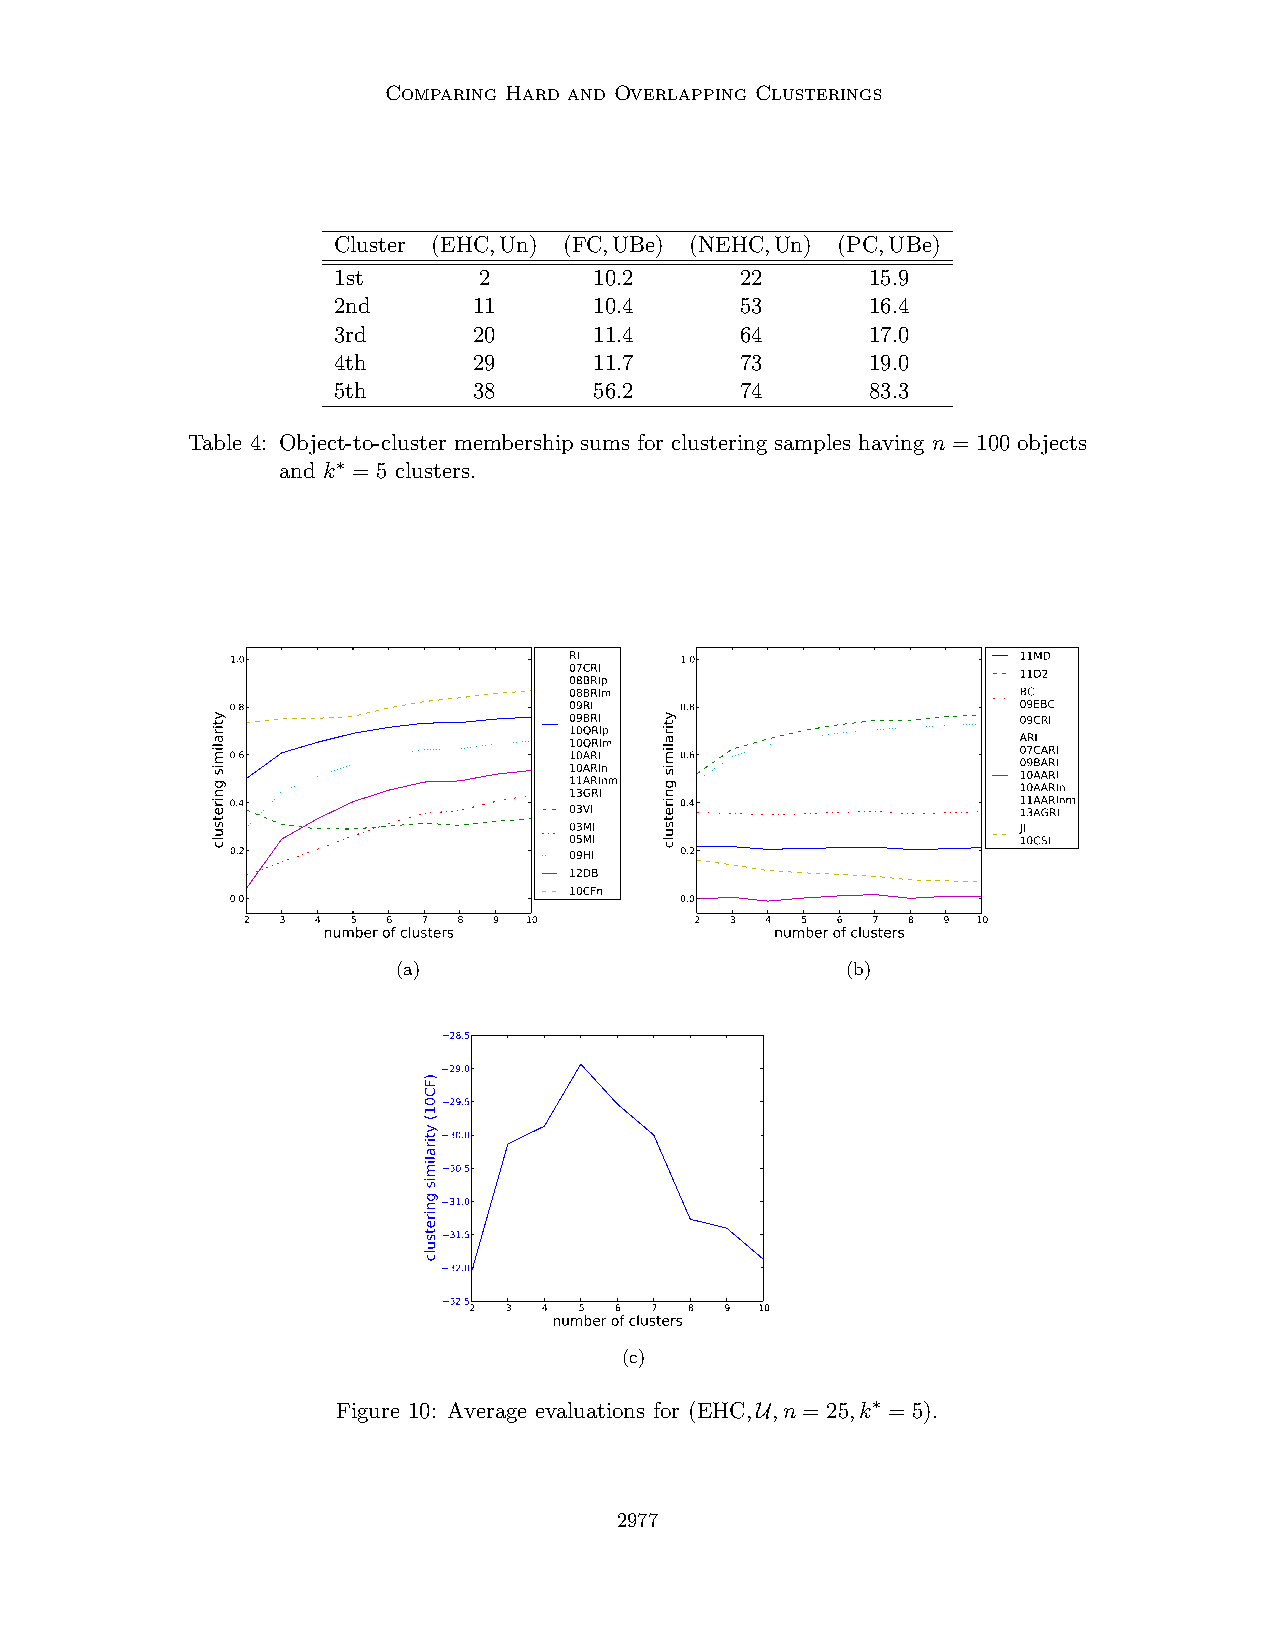
Comparing Hard and Overlapping Clusterings
 Cluster (EHC,Un) (FC,UBe) (NEHC,Un) (PC,UBe)
 1st       2      10.2      22       15.9
 2nd      11      10.4      53       16.4
 3rd      20      11.4      64       17.0
 4th      29      11.7      73       19.0
 5th      38      56.2      74       83.3
 Table 4: Object-to-cluster membership sums for clustering samples having n = 100 objects
 and k∗ = 5 clusters.
 1.0                    RI     1.0                    11MD
 07CRI                         11D2
 08BRIp
 08BRIm                        BC
 0.8                    09RI   0.8                    09EBC
 09BRI                         09CRI
 10QRIp
 10QRIm                        ARI
 0.6                    10ARI  0.6                    07CARI
 10ARIn                        09BARI
 11ARInm                       10AARI 13GRI 10AARIn
 0.4                    03VI   0.4                    1 11 3A AA GR RI Inm
 03MI                          JI
 05MI                          10CSI
 0.2                    09HI   0.2
 12DB
 10CFn
 0.0                           0.0
 2  3 4 5  6 7 8  9 10         2 3  4 5 6  7 8 9  10
 number of clusters            number of clusters
 (a)                           (b)
 28.5
 29.0
 29.5
 30.0
 30.5
 31.0
 31.5
 32.0
 32.5
 2 3  4 5  6 7  8 9 10
 number of clusters
 (c)
 Figure 10: Average evaluations for (EHC,U,n = 25,k∗ = 5).
 2977
 ytiralimis
 gniretsulc
 )FC01(
 ytiralimis
 gniretsulc
 ytiralimis
 gniretsulc